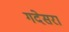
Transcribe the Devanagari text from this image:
गदेसरा